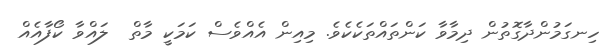
ހިނގަމުންދާގޮތުން ދިމާވާ ކަންތައްތަކެކެވެ. މިއިން އެއްވެސް ކަމަކީ މާތް  ލައްވާ ކޯފާއެއް